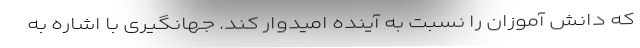
که دانش آموزان را نسبت به آینده امیدوار کند. جهانگیری با اشاره به